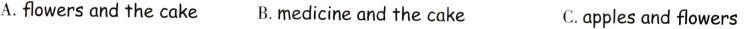
A.flowers and the cake B. Medicine and the cake C.applesand flowers